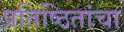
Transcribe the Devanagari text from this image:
प्रतिष्ठितांचा